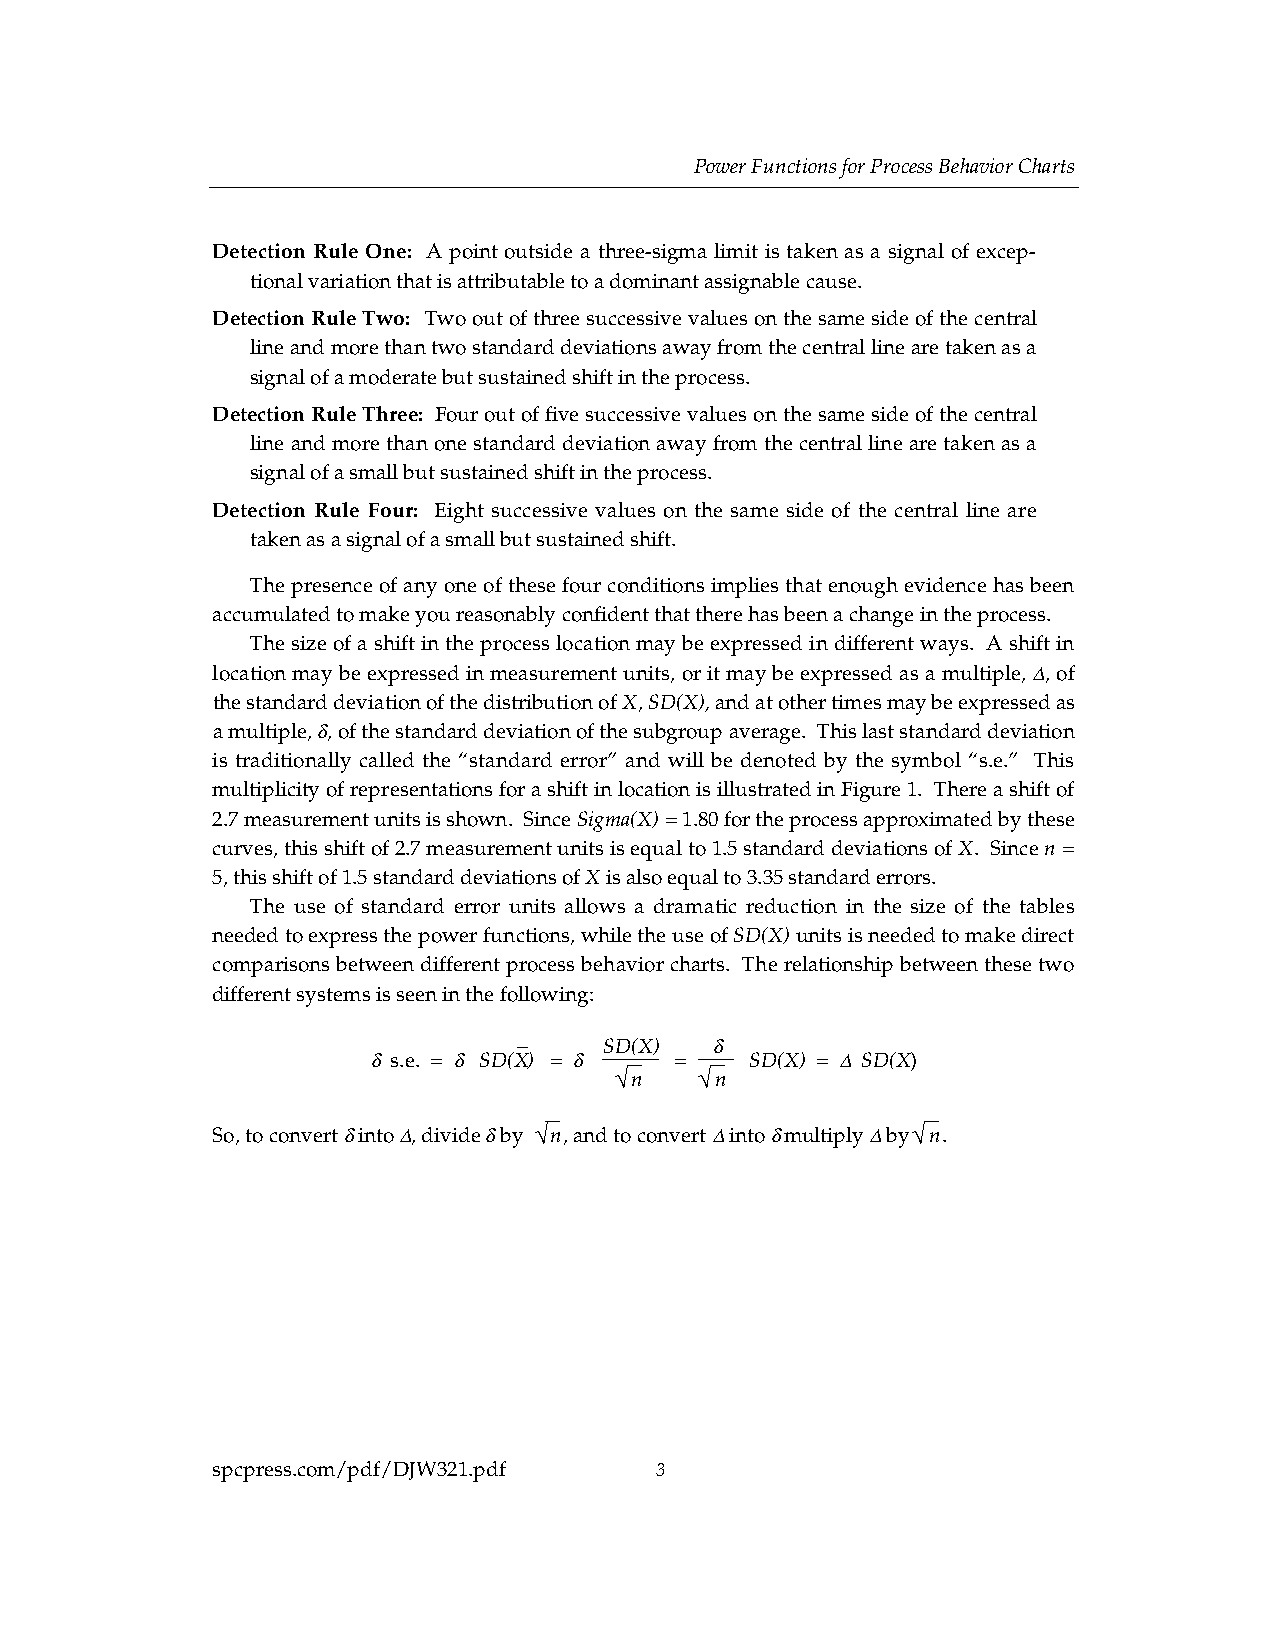
Power Functions for Process Behavior Charts
 Detection Rule One: A point outside a three-sigma limit is taken as a signal of excep-
 tional variation that is attributable to a dominant assignable cause.
 Detection Rule Two: Two out of three successive values on the same side of the central
 line and more than two standard deviations away from the central line are taken as a
 signal of a moderate but sustained shift in the process.
 Detection Rule Three: Four out of five successive values on the same side of the central
 line and more than one standard deviation away from the central line are taken as a
 signal of a small but sustained shift in the process.
 Detection Rule Four: Eight successive values on the same side of the central line are
 taken as a signal of a small but sustained shift.
 The presence of any one of these four conditions implies that enough evidence has been
 accumulated to make you reasonably confident that there has been a change in the process.
 The size of a shift in the process location may be expressed in different ways. A shift in
 location may be expressed in measurement units, or it may be expressed as a multiple, ∆, of
 the standard deviation of the distribution of X, SD(X), and at other times may be expressed as
 a multiple, δ, of the standard deviation of the subgroup average. This last standard deviation
 is traditionally called the “standard error” and will be denoted by the symbol “s.e.” This
 multiplicity of representations for a shift in location is illustrated in Figure 1. There a shift of
 2.7 measurement units is shown. Since Sigma(X) = 1.80 for the process approximated by these
 curves, this shift of 2.7 measurement units is equal to 1.5 standard deviations of X. Since n =
 5, this shift of 1.5 standard deviations of X is also equal to 3.35 standard errors.
 The use of standard error units allows a dramatic reduction in the size of the tables
 needed to express the power functions, while the use of SD(X) units is needed to make direct
 comparisons between different process behavior charts. The relationship between these two
 different systems is seen in the following:
 –     SD(X)  δ
 δ s.e. = δ SD(X) = δ =   SD(X) = ∆ SD(X)
 √   √
 n    n
 So, to convert δ into ∆, divide δ by √ n, and to convert ∆ into δ multiply ∆ by √ n.
 spcpress.com/pdf/DJW321.pdf  3